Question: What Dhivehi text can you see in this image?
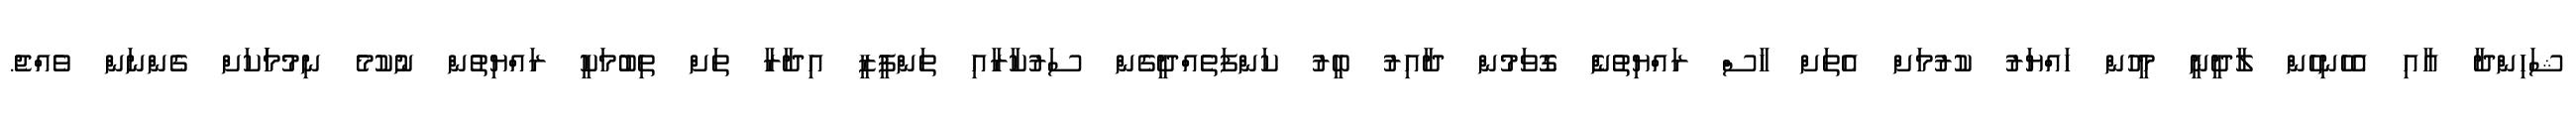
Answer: ޝަހިންދާ އާއި އެހެނިހެން ލާދީނީ މީހުން ހައްޔަރު ކުރުމަށް އެތަށް ހާސް ރައްޔިތުނެް ގޮވަމުން ދާއިރު ބީރު ކަންފަތެއްދީގެން ސަރުކާރާއި ތަންފީޒީ އިދާރާ ތަށް ތިބުމަކީ ރައްޔިތުން ނުކުމެ ނިމުމަަކަށް ގެންނަން ވެއްޖެ.